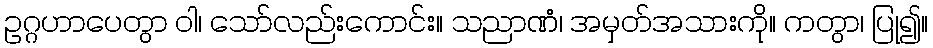
ဥဂ္ဂဟာပေတွာ ဝါ၊ သော်လည်းကောင်း။ သညာဏံ၊ အမှတ်အသားကို။ ကတွာ၊ ပြု၍။